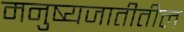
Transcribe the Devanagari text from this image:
मनुष्यजातीतील